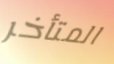
المتأخر